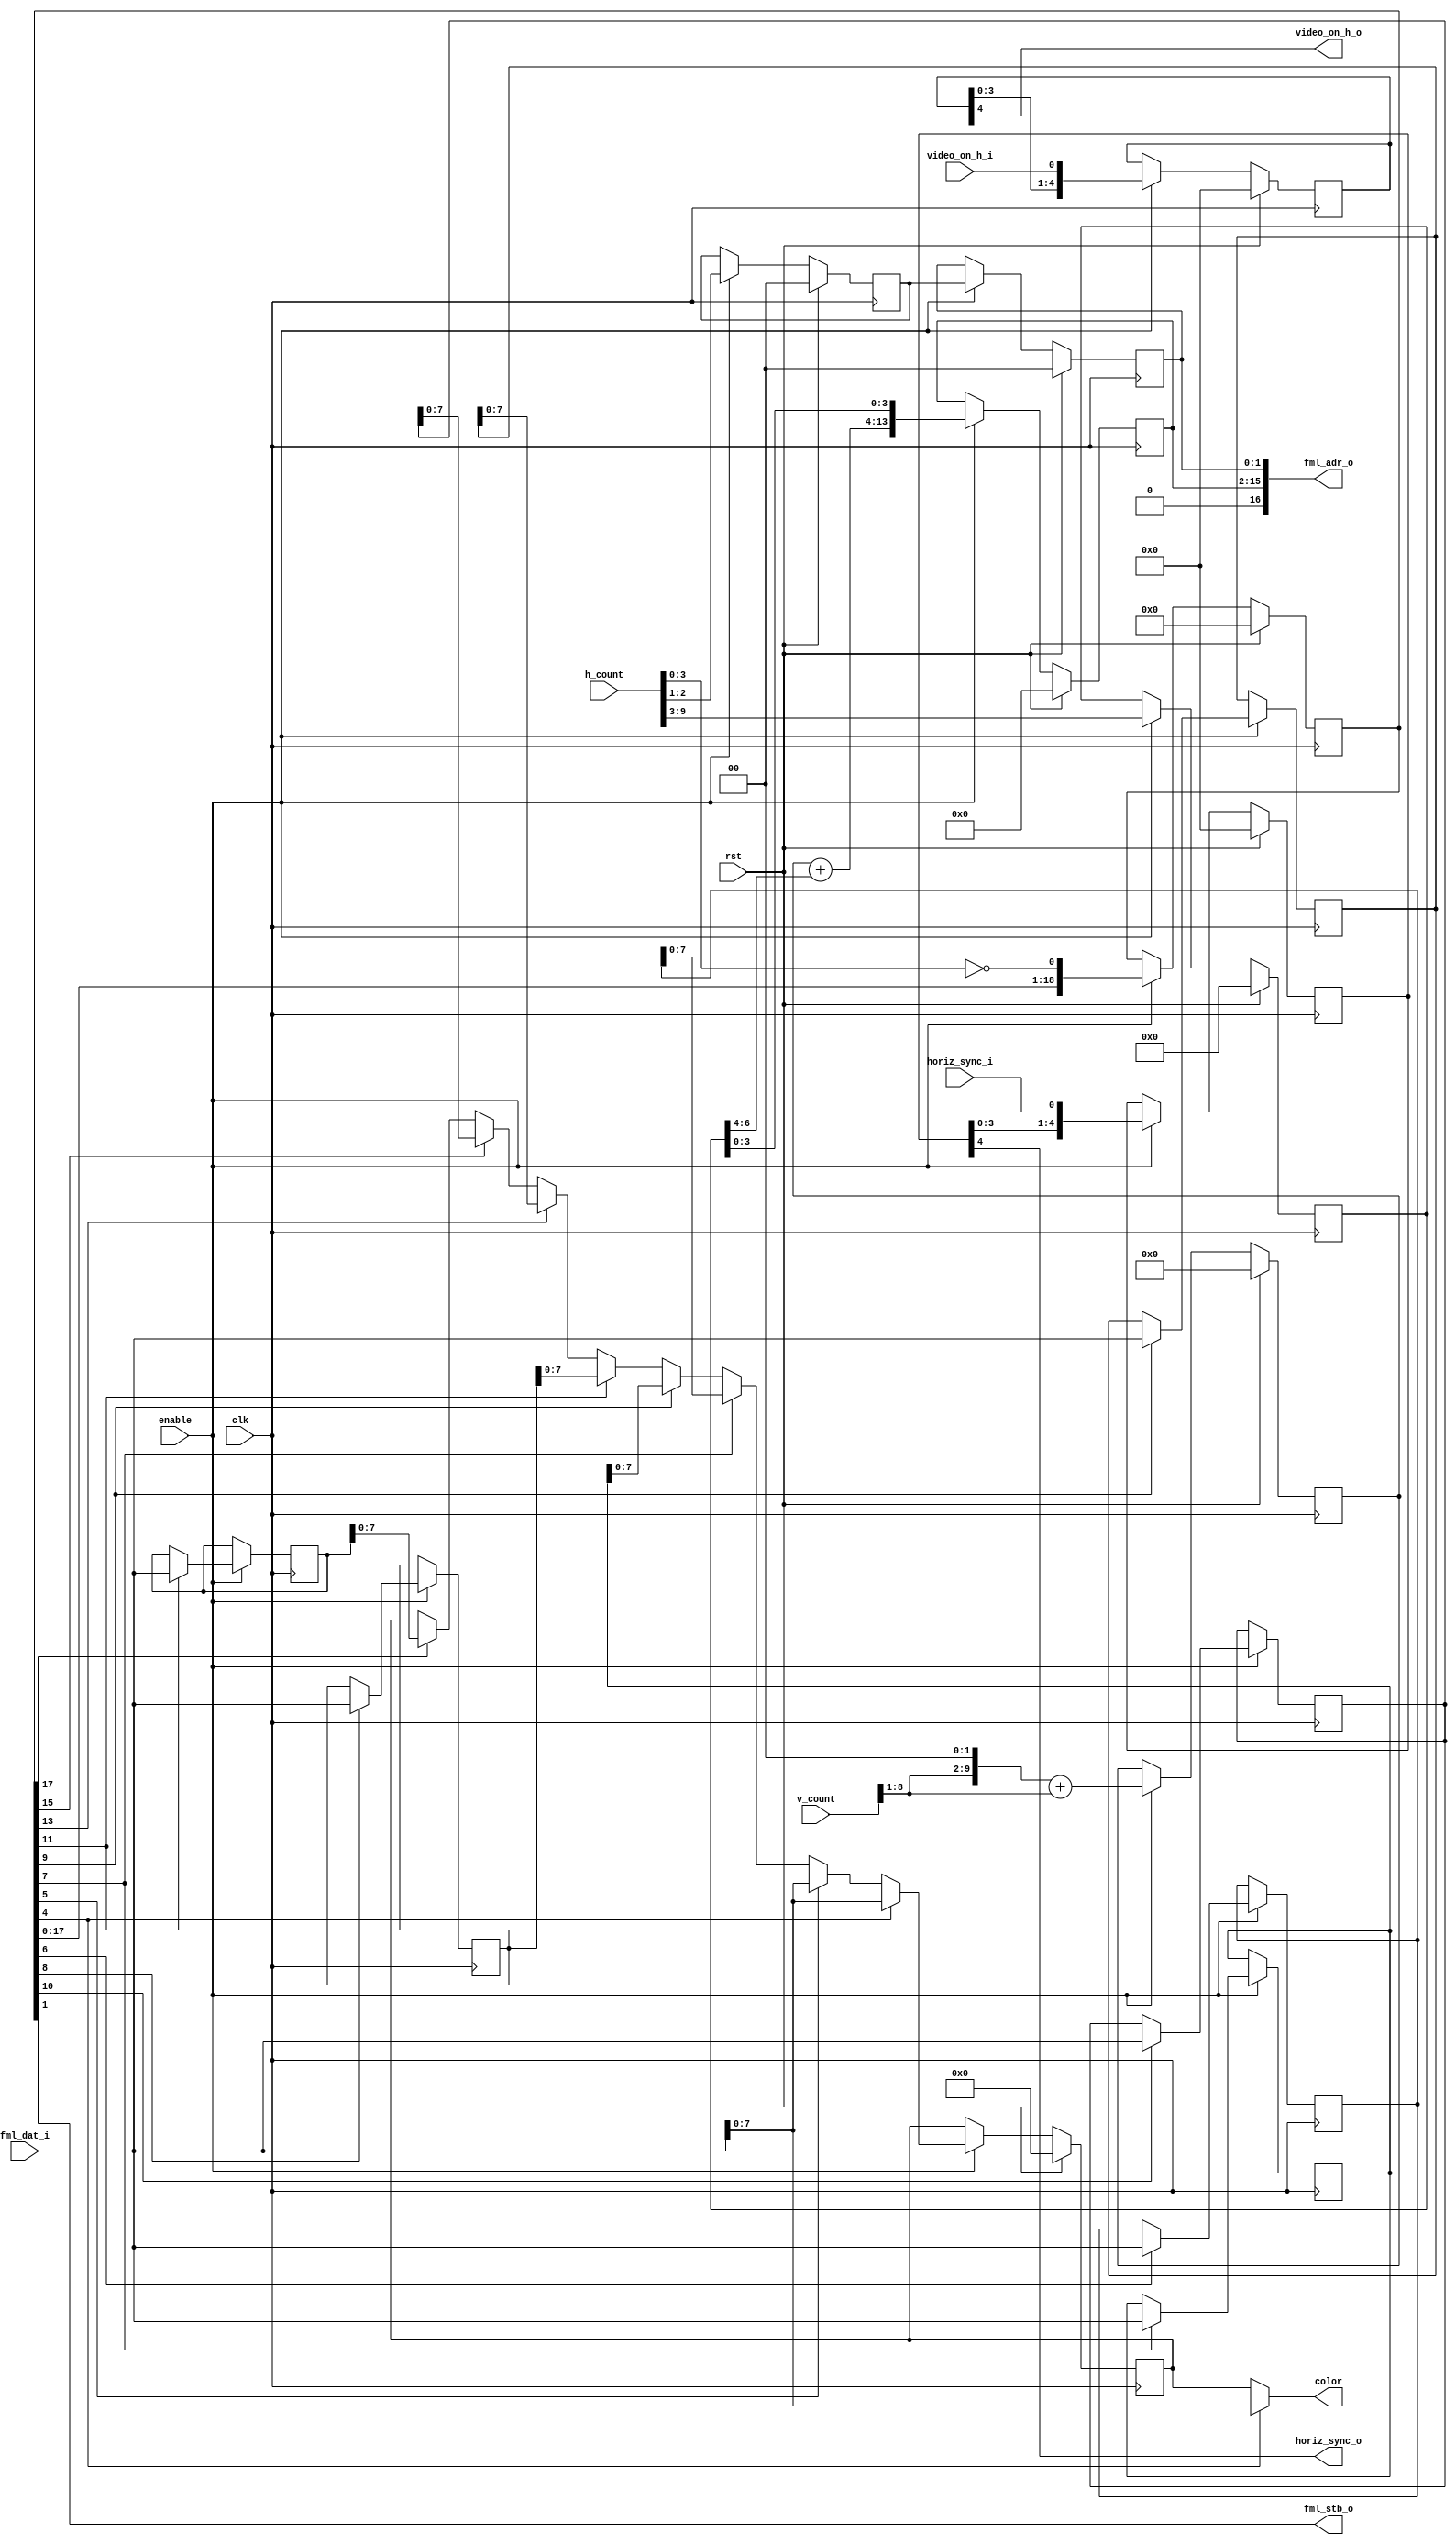
module vga_linear_fml (
    input clk,
    input rst,
    input enable,
    output [17:1] fml_adr_o,
    input  [15:0] fml_dat_i,
    output        fml_stb_o,
    input [9:0] h_count,
    input [9:0] v_count,
    input       horiz_sync_i,
    input       video_on_h_i,
    output      video_on_h_o,
    output [7:0] color,
    output       horiz_sync_o
  );
  reg [ 9:0] row_addr;
  reg [ 6:0] col_addr;
  reg [14:1] word_offset;
  reg [ 1:0] plane_addr;
  reg [ 1:0] plane_addr0;
  reg [ 7:0] color_l;
  reg  [ 15:0] fml1_dat;
  reg  [ 15:0] fml2_dat;
  reg  [ 15:0] fml3_dat;
  reg  [ 15:0] fml4_dat;
  reg  [ 15:0] fml5_dat;
  reg  [ 15:0] fml6_dat;
  reg  [ 15:0] fml7_dat;
  reg [4:0] video_on_h;
  reg [4:0] horiz_sync;
  reg [18:0] pipe;  
  assign fml_adr_o = { 1'b0, word_offset, plane_addr };
  assign fml_stb_o = pipe[1];
  assign color = pipe[4] ? fml_dat_i[7:0] : color_l;    
  assign video_on_h_o = video_on_h[4];
  assign horiz_sync_o = horiz_sync[4];
  always @(posedge clk)
    if (rst)
      begin
        pipe <= 18'b0;    
      end
    else
      if (enable)
        begin
          pipe <= { pipe[17:0], (h_count[3:0]==4'h0) };
        end
  always @(posedge clk)
    if (enable)
      begin
        fml1_dat <= pipe[5]  ? fml_dat_i[15:0] : fml1_dat;
        fml2_dat <= pipe[6]  ? fml_dat_i[15:0] : fml2_dat;
        fml3_dat <= pipe[7]  ? fml_dat_i[15:0] : fml3_dat;
        fml4_dat <= pipe[8]  ? fml_dat_i[15:0] : fml4_dat;
        fml5_dat <= pipe[9]  ? fml_dat_i[15:0] : fml5_dat;
        fml6_dat <= pipe[10] ? fml_dat_i[15:0] : fml6_dat;
        fml7_dat <= pipe[11] ? fml_dat_i[15:0] : fml7_dat;
      end
  always @(posedge clk)
    if (rst)
      begin
        video_on_h <= 5'b0;
      end
    else
      if (enable)
        begin
          video_on_h <= { video_on_h[3:0], video_on_h_i };
        end
  always @(posedge clk)
    if (rst)
      begin
        horiz_sync <= 5'b0;
      end
    else
      if (enable)
        begin
          horiz_sync <= { horiz_sync[3:0], horiz_sync_i };
        end
  always @(posedge clk)
    if (rst)
      begin
        row_addr    <= 10'h0;
        col_addr    <= 7'h0;
        plane_addr0 <= 2'b00;
        word_offset <= 14'h0;
        plane_addr  <= 2'b00;
      end
    else
      if (enable)
        begin
          row_addr    <= { v_count[8:1], 2'b00 } + v_count[8:1];
          col_addr    <= h_count[9:3];
          plane_addr0 <= h_count[2:1];
          word_offset <= { row_addr + col_addr[6:4], col_addr[3:0] };
          plane_addr  <= plane_addr0;
        end
  always @(posedge clk)
    if (rst)
      begin
        color_l <= 8'h0;
      end
    else
      if (enable)
        begin
          if (pipe[4])
            color_l <= fml_dat_i[7:0];
          else
          if (pipe[5])
            color_l <= fml_dat_i[7:0];
          else
          if (pipe[7])
            color_l <= fml2_dat[7:0];
          else
          if (pipe[9])
            color_l <= fml3_dat[7:0];
          else
          if (pipe[11])
            color_l <= fml4_dat[7:0];
          else
          if (pipe[13])
            color_l <= fml5_dat[7:0];
          else
          if (pipe[15])
            color_l <= fml6_dat[7:0];
          else
          if (pipe[17])
            color_l <= fml7_dat[7:0];
        end
endmodule